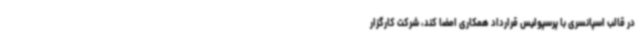
در قالب اسپانسری با پرسپولیس قرارداد همکاری امضا کند، شرکت کارگزار